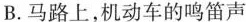
B. 马路上，机动车的鸣笛声